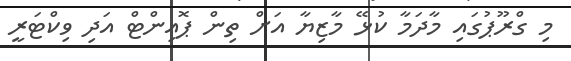
މި ގްރޫޕުގައި މާދަމާ ކުޅޭ މާޒިޔާ އަށް ތިން ޕޮއިންޓް އަދި ވިކްޓަރީ